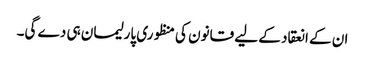
ان کے انعقاد کے لیے قانون کی منظوری پارلیمان ہی دے گی۔